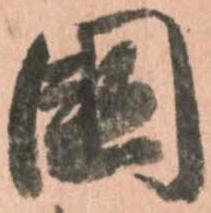
國